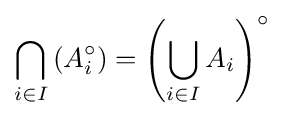
\bigcap _{i\in I}\left(A_{i}^{\circ }\right)=\left(\bigcup _{i\in I}A_{i}\right)^{\circ }